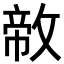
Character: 𪯐